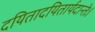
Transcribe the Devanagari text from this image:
दयितादयितार्यदान्तेः।